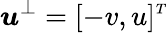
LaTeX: \boldsymbol{u}^{\perp}=[-v,u]^{\scriptscriptstyle T}